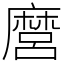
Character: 麿